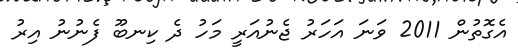
އެގޮތުން 2011 ވަނަ އަހަރު ޖެނުއަރީ މަހު ދެ ކިނބޫ ފެނުނު އިރު